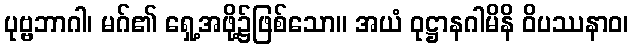
ပုဗ္ဗဘာဂါ၊ မဂ်၏ ရှေ့အဖို့၌ဖြစ်သော။ အယံ ဝုဋ္ဌာနဂါမိနိ ဝိပဿနာဝ၊